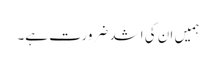
ہمیں ان کی اشد ضرورت ہے۔